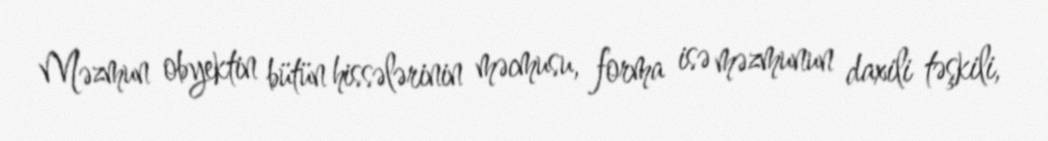
Məzmun obyektin bütün hissələrinin məcmusu, forma isə məzmunun daxili təşkili,